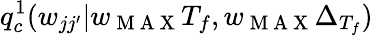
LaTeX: q_{c}^{1}(w_{jj^{\prime}}|w_{\mathrm{~M~A~X~}}T_{f},w_{\mathrm{~M~A~X~}}\Delta_{T_{f}})